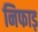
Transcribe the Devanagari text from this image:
निफाड़